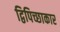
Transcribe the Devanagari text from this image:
द्विपिच्छाकार